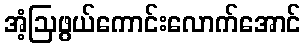
အံ့ဩဖွယ်ကောင်းလောက်အောင်